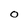
Character: O